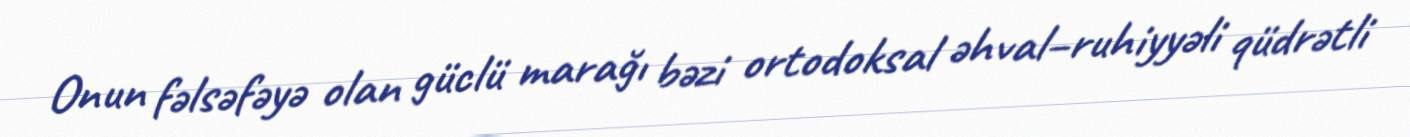
Onun fəlsəfəyə olan güclü marağı bəzi ortodoksal əhval–ruhiyyəli qüdrətli